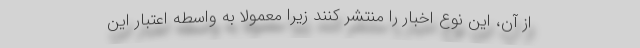
از آن، این نوع اخبار را منتشر کنند زیرا معمولا به واسطه اعتبار این